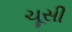
ચૂસી